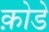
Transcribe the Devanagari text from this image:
क़ोडे